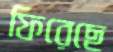
ফিরেছে